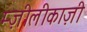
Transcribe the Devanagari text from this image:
म्ज़ीलीकाज़ी